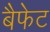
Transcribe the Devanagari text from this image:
बैफेट